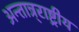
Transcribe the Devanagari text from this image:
अन्तान्र्राष्ट्रीय